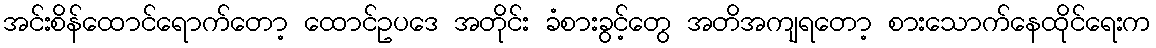
အင်းစိန်ထောင်ရောက်တော့ ထောင်ဥပဒေ အတိုင်း ခံစားခွင့်တွေ အတိအကျရတော့ စားသောက်နေထိုင်ရေးက